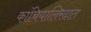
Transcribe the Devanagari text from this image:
कांचियालिरदात